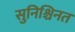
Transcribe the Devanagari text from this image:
सुनिश्चिनत